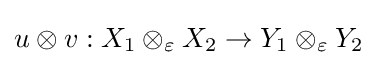
u\otimes v:X_{1}\otimes _{\varepsilon }X_{2}\to Y_{1}\otimes _{\varepsilon }Y_{2}